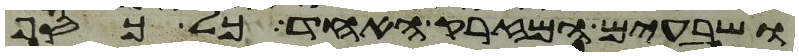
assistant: ושבעים המזרק האחד כל כסף